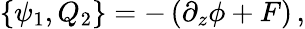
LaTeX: \{ \psi_{1},Q_{2}\} =-\left(\partial_{z}\phi+F\right)\, ,